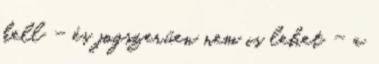
kell - és jogszerűen nem is lehet - a